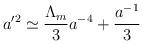
LaTeX: \begin{align*}a'^2\simeq {\Lambda_m \over 3} a^{-4}+{ a^{-1} \over 3}\end{align*}